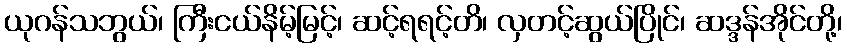
ယုဂန်သဘွယ်၊ ကြီးငယ်နိမ့်မြင့်၊ ဆင့်ရရင့်တိ၊ လှတင့်ဆွယ်ပြိုင်၊ ဆဒ္ဒန်အိုင်တို့၊